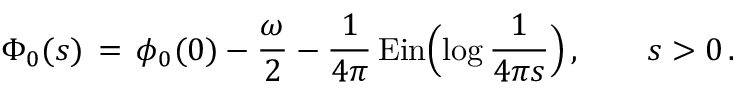
\Phi _ { 0 } ( s ) \, = \, \phi _ { 0 } ( 0 ) - \frac { \omega } { 2 } - \frac { 1 } { 4 \pi } \, \mathrm { E i n } \Bigl ( \log \frac { 1 } { 4 \pi s } \Bigr ) \, , \qquad s > 0 \, .